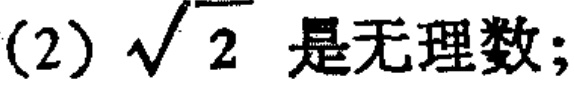
(2) $\sqrt{2}$ 是无理数；